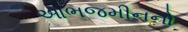
આભજમીનનો